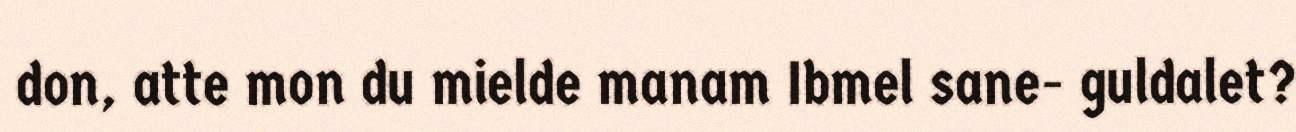
don, atte mon du mielde manam Ibmel sane- guldalet?